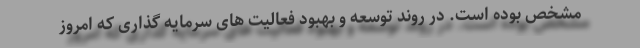
مشخص بوده است. در روند توسعه و بهبود فعالیت های سرمایه گذاری که امروز